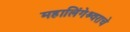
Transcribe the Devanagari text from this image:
महालिंगेश्र्वराचे